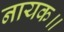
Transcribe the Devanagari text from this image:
नायक॥